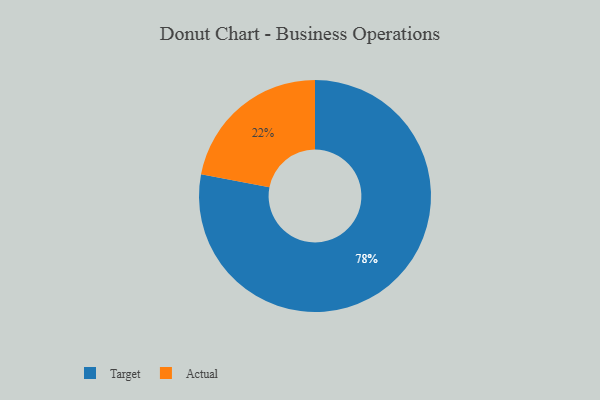
{"axis": {"x": "Category", "y": "Percentage"}, "legend": ["Actual", "Target"], "data": [{"x": "Target", "y": 78, "type": "Target"}, {"x": "Actual", "y": 22, "type": "Actual"}]}